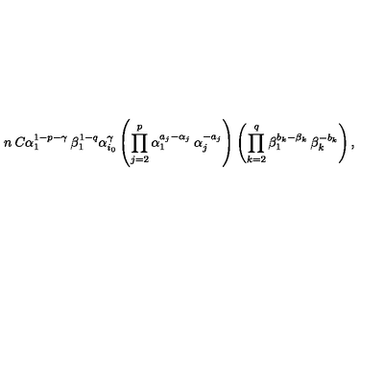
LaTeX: n \: C \alpha _ { 1 } ^ { 1 - p - \gamma } \: \beta _ { 1 } ^ { 1 - q } \alpha _ { i _ { 0 } } ^ { \gamma } \left( \prod _ { j = 2 } ^ { p } \alpha _ { 1 } ^ { a _ { j } - \alpha _ { j } } \: \alpha _ { j } ^ { - a _ { j } } \right) \left( \prod _ { k = 2 } ^ { q } \beta _ { 1 } ^ { b _ { k } - \beta _ { k } } \: \beta _ { k } ^ { - b _ { k } } \right) ,